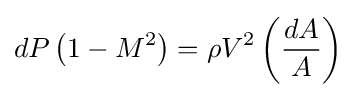
dP\left(1-M^{2}\right)=\rho V^{2}\left({\frac {dA}{A}}\right)